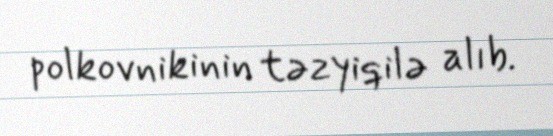
polkovnikinin təzyiqilə alıb.